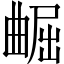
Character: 𫵢